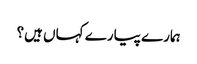
ہمارے پیارے کہاں ہیں؟